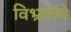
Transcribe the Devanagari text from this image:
विभ्रमांचे